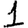
Digit: 1